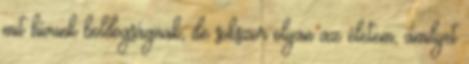
mit hívunk boldogságnak, de sokszor olyan az életem, amilyet